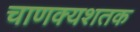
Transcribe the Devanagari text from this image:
चाणक्यशतक